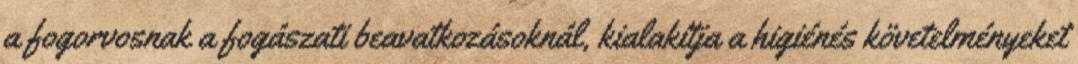
a fogorvosnak a fogászati beavatkozásoknál, kialakítja a higiénés követelményeket